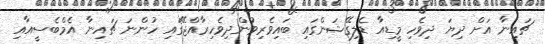
ޗައިނާ އަށް ދިޔަ ދިވެހި މީޑިއާ ޑެލިގޭޝަންގައި ބައިވެރިވުންދިވެހިރާއްޖޭގައި ހުންނަ ޗައިނާ އެމްބެސީއާއި